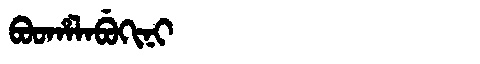
Manchu: ᠪᠣᠣᡥᠠᠯᠠᠪᡠᡴᡳᠨᡳ
Romanization: BOOHALABUKINI